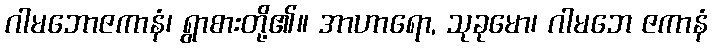
ဂါမဘောဇကာနံ၊ ရွာစားတို့၏။ အာဟာရော, သုခုမော၊ ဂါမဘေ ဇကာနံ